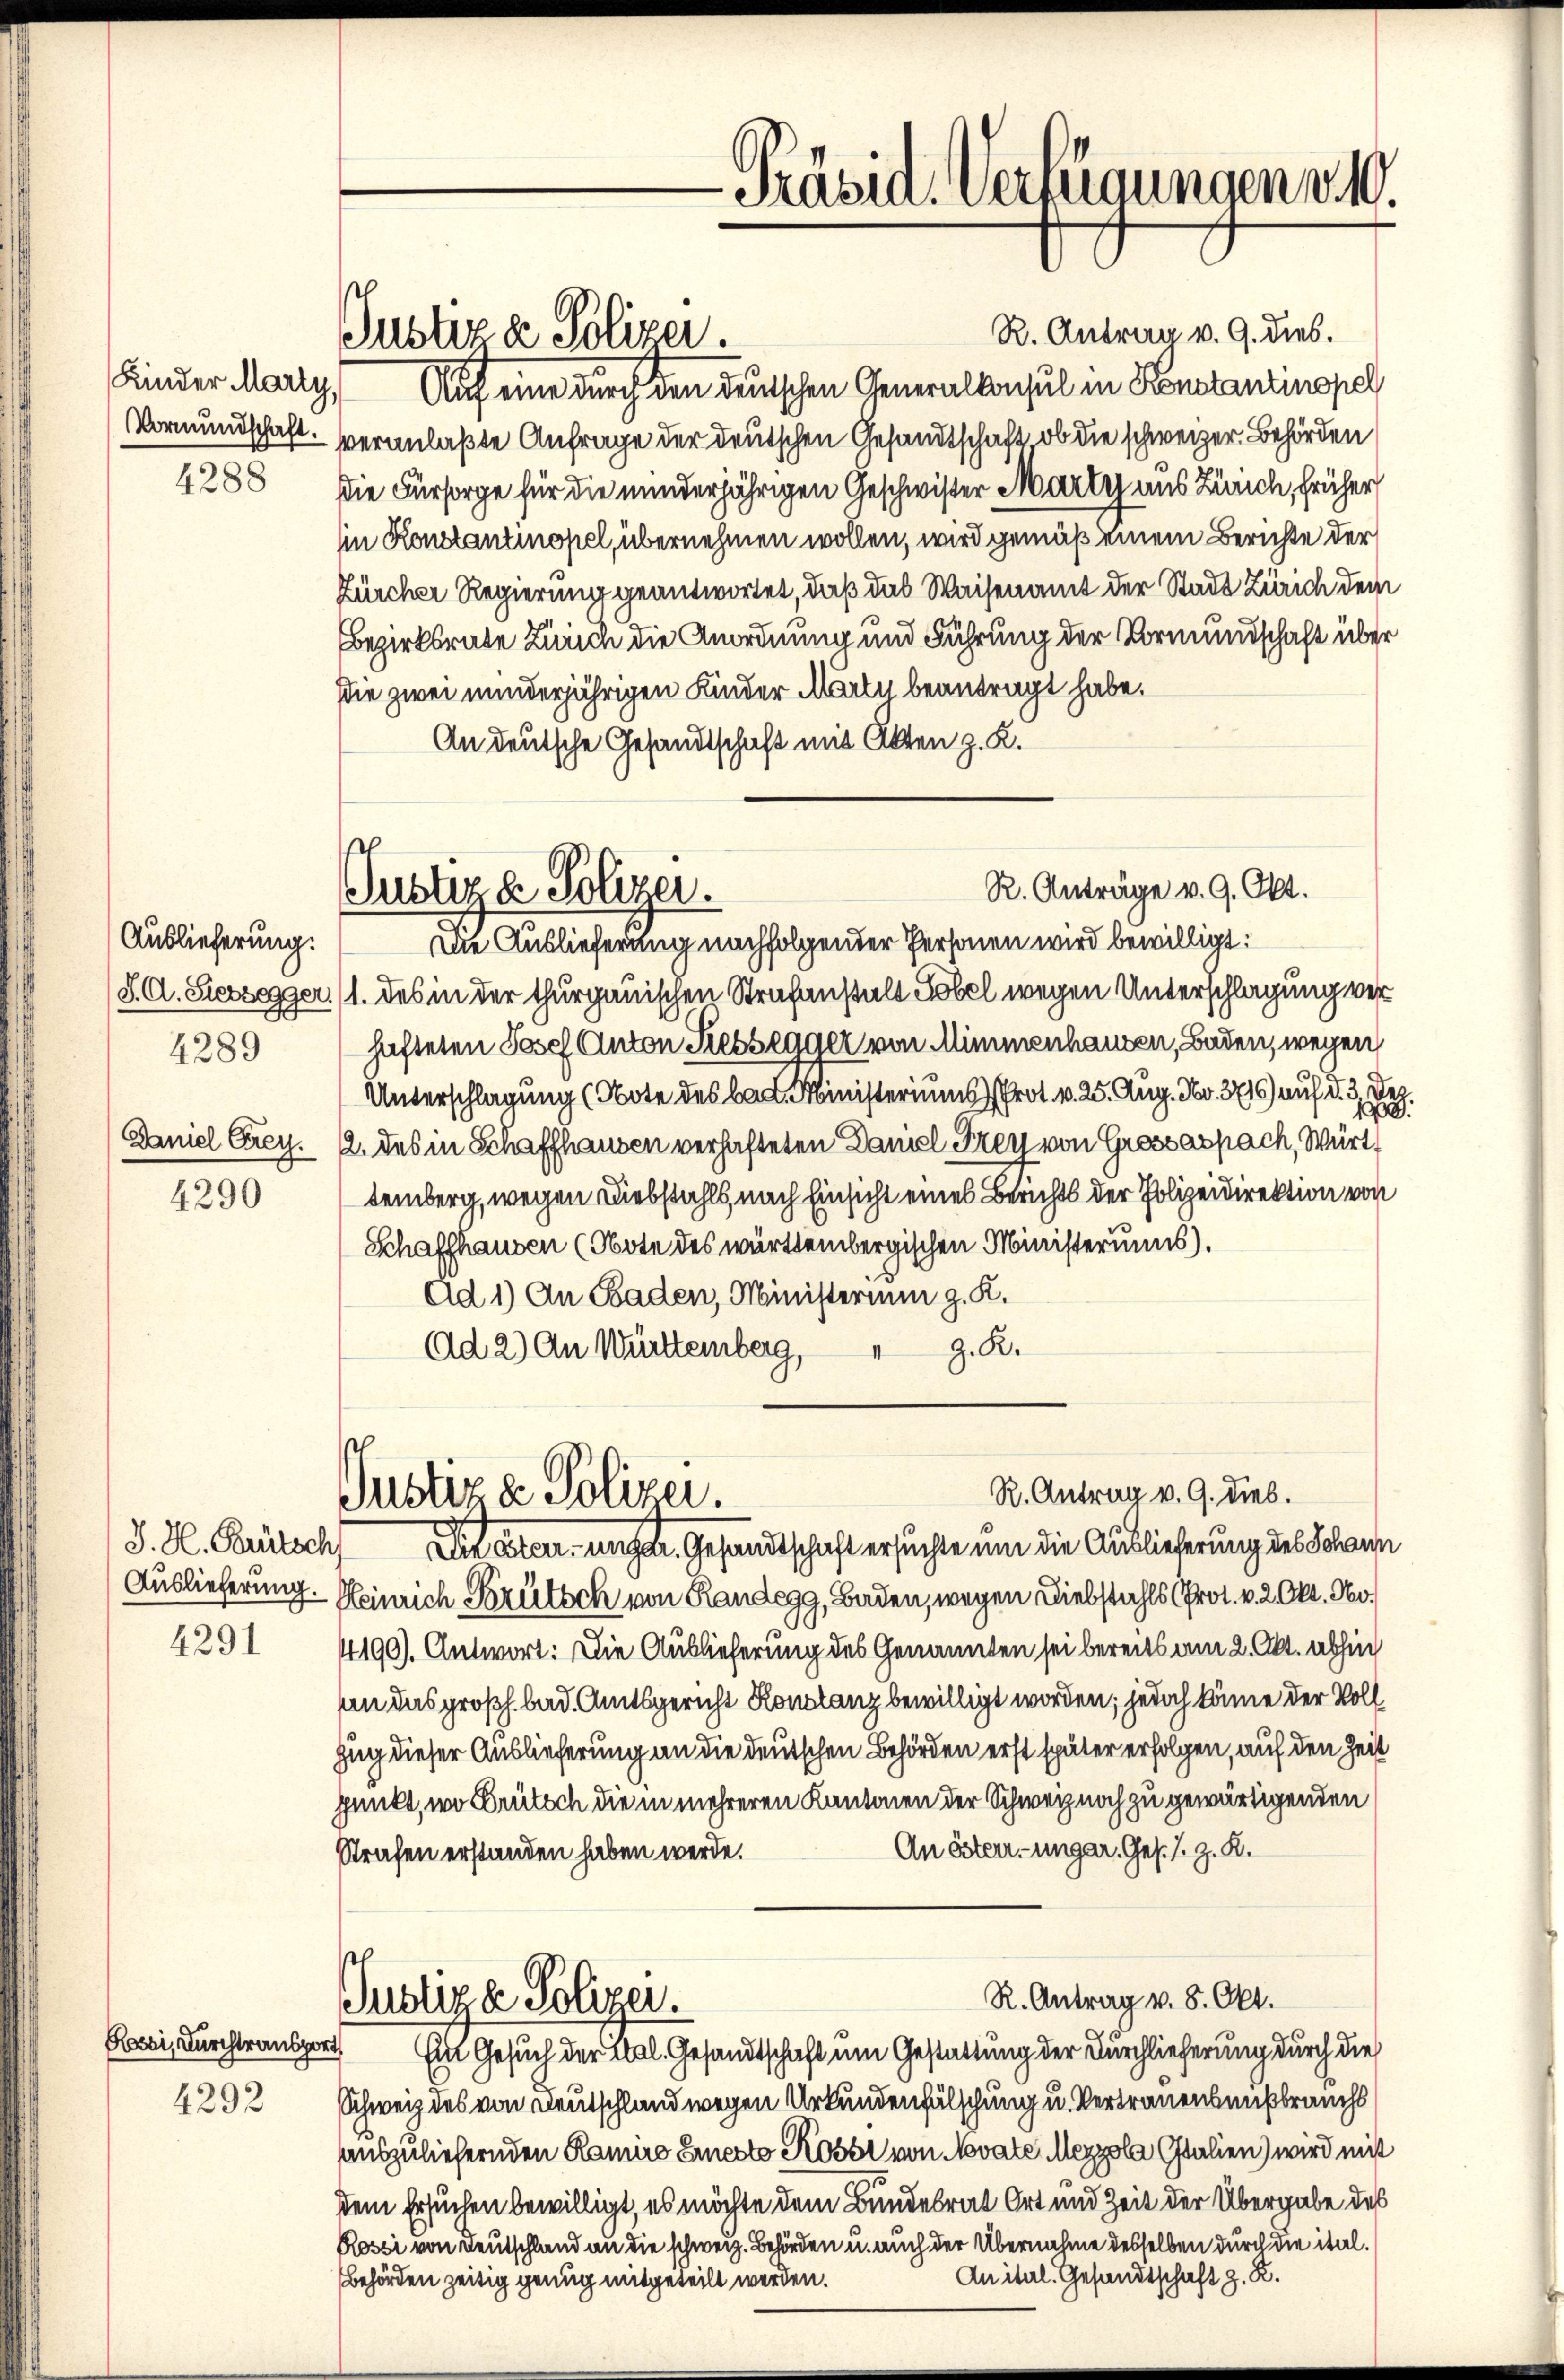
4290

Auslieferung.
4289

J. H. Brütsch
4291

R. Antrag v. 9. dies.
Kinder Marty, Auf eine durch den deutschen Generalkonsul in Konstantinopel
Vormundschaft veranlaßte Anfrage der deutschen Gesandtschaft ob die schweizer. Behörden
4288 die Fürsorge für die minderjährigen Geschwister Marty aus Zürich, früher
in Konstantinopel übernehmen wollen, wird gemäß einem Berichte der
Zürcher Regierung geantwortet, daß das Waisenamt der Stadt Zürich dem
Bezirksrate Zürich die Anordnung und Führung der Vormundschaft über
Die zwei minderjährigen Kinder Marti beantragt habe.
An deutsche Gesandtschaft mit Akten z. K.

Justiz & Polizei.

Kai, durchtransport
4292

Präsid. Verfügungen 10.

R. Anträge v. 9. Okt.
Justiz & Polizei.
Die Auslieferung nachfolgender Personen wird bewilligt:

R. Antrag v. 9. dies.
Justiz & Polizei.
Sitater unser Gesandtschaft ersuchte um die Auslieferung des Johann

S. A. Siessegger. (1. des in der thurgauischen Strafanstalt Tobel wegen Unterschlagung verhafteten Josef Anton Sessegger von Mimmenhausen, Baden, wegen
22.
Unterschlagung (Obote des bad. Ministeriums Prot. v. 25. Aug. No. 3716) auf d. 3. Dez.
Daniel Grey. 12. des in Schaffhausen verhafteten Daniel Frey von Grossaspach, Württemberg, wegen Diebstahls, nach Einsicht eines Berichts der Polizeidirektion von
Schaffhausen (Obote des württembergischen Ministeriums).
Ad 1) An Baden, Ministerium z. K.
z. R.
Ad 2) An Württemberg,

Auslieferung. Heinrich Brütsch von Randegg, Baden, wegen Diebstahls (Prot. v. 2. Okt. No¬
4190). Antwort: Die Auslieferung des Genannten sei bereits am 2. Okt. abhin
an das großh. bad. Amtsgericht Konstanz bewilligt worden; jedoch könne der Voll
ug dieser Auslieferung an die deutschen Behörden erst später erfolgen, auf den Zeit
punkt, wo Brütsch die in mehreren Kantonen der Schweiz noch zu gewärtigenden
An öster ungar. Ges. S. z. R.
Strafen erstanden haben werde.
R. Antrag v. 8. Okt.
Justiza Polizei.
Ein Gesuch der Mal. Gesandtschaft um Gestattung der Durchlieferung durch die
Schweiz des von Deutschland wegen Urkundenfälschung u. Vertrauensausbrauchs
auszuliefernden Kamine Einesto Rosse von Novate Meyzola Italien) wird mit
dem Ersuchen bewilligt, es möchte dem Bundesrat Ort und Zeit der Übergabe des
Rosci von Deutschland an die schweiz. Behörden u. auch der Übernahme desselben durch die ital¬
Anital. Gesandtschaft z. R.
Behörden zeitig genug mitgeteilt werden.